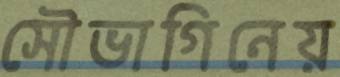
সৌভাগিনেয়